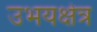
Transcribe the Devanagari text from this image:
उभयक्षेत्र